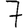
Digit: 7